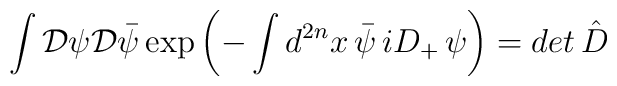
\int {\cal D}\psi {\cal D}\bar{\psi}\exp{\left(-\int d^{2n}x\,\bar{\psi}\,iD_{+}\,\psi\right)}=det\,\hat{D}